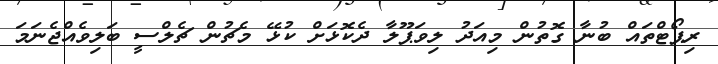
ރިޕޯޓްތައް ބުނާ ގޮތުން މިއަދު ލިވަޕޫލާ ދެކޮޅަށް ކުޅޭ މެޗުން ޗެލްސީ ބަލިވެއްޖެނަމަ